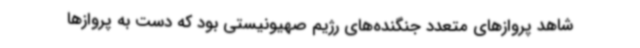
شاهد پروازهای متعدد جنگنده‌های رژیم صهیونیستی بود که دست به پروازها